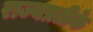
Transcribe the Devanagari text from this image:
राज्यप्रतीके